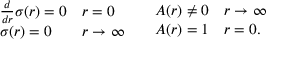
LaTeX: \begin{array} { l l } { { \begin{array} { l l } { { \frac { d } { d r } \sigma ( r ) = 0 } } & { { r = 0 } } \\ { { \sigma ( r ) = 0 } } & { { r \rightarrow \infty } } \end{array} } } & { { \begin{array} { l l } { { A ( r ) \neq 0 } } & { { r \rightarrow \infty } } \\ { { A ( r ) = 1 } } & { { r = 0 . } } \end{array} } } \end{array}